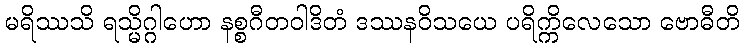
မရိဿသိ ရသ္မိဂ္ဂါဟော နစ္စဂီတဝါဒိတံ ဒဿနဝိသယေ ပရိက္ကိလေသော ဗောဓီတိ